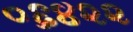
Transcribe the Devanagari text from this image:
०६४२२